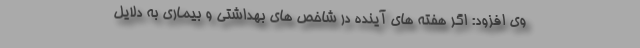
وی افزود: اگر هفته های آینده در شاخص های بهداشتی و بیماری به دلایل